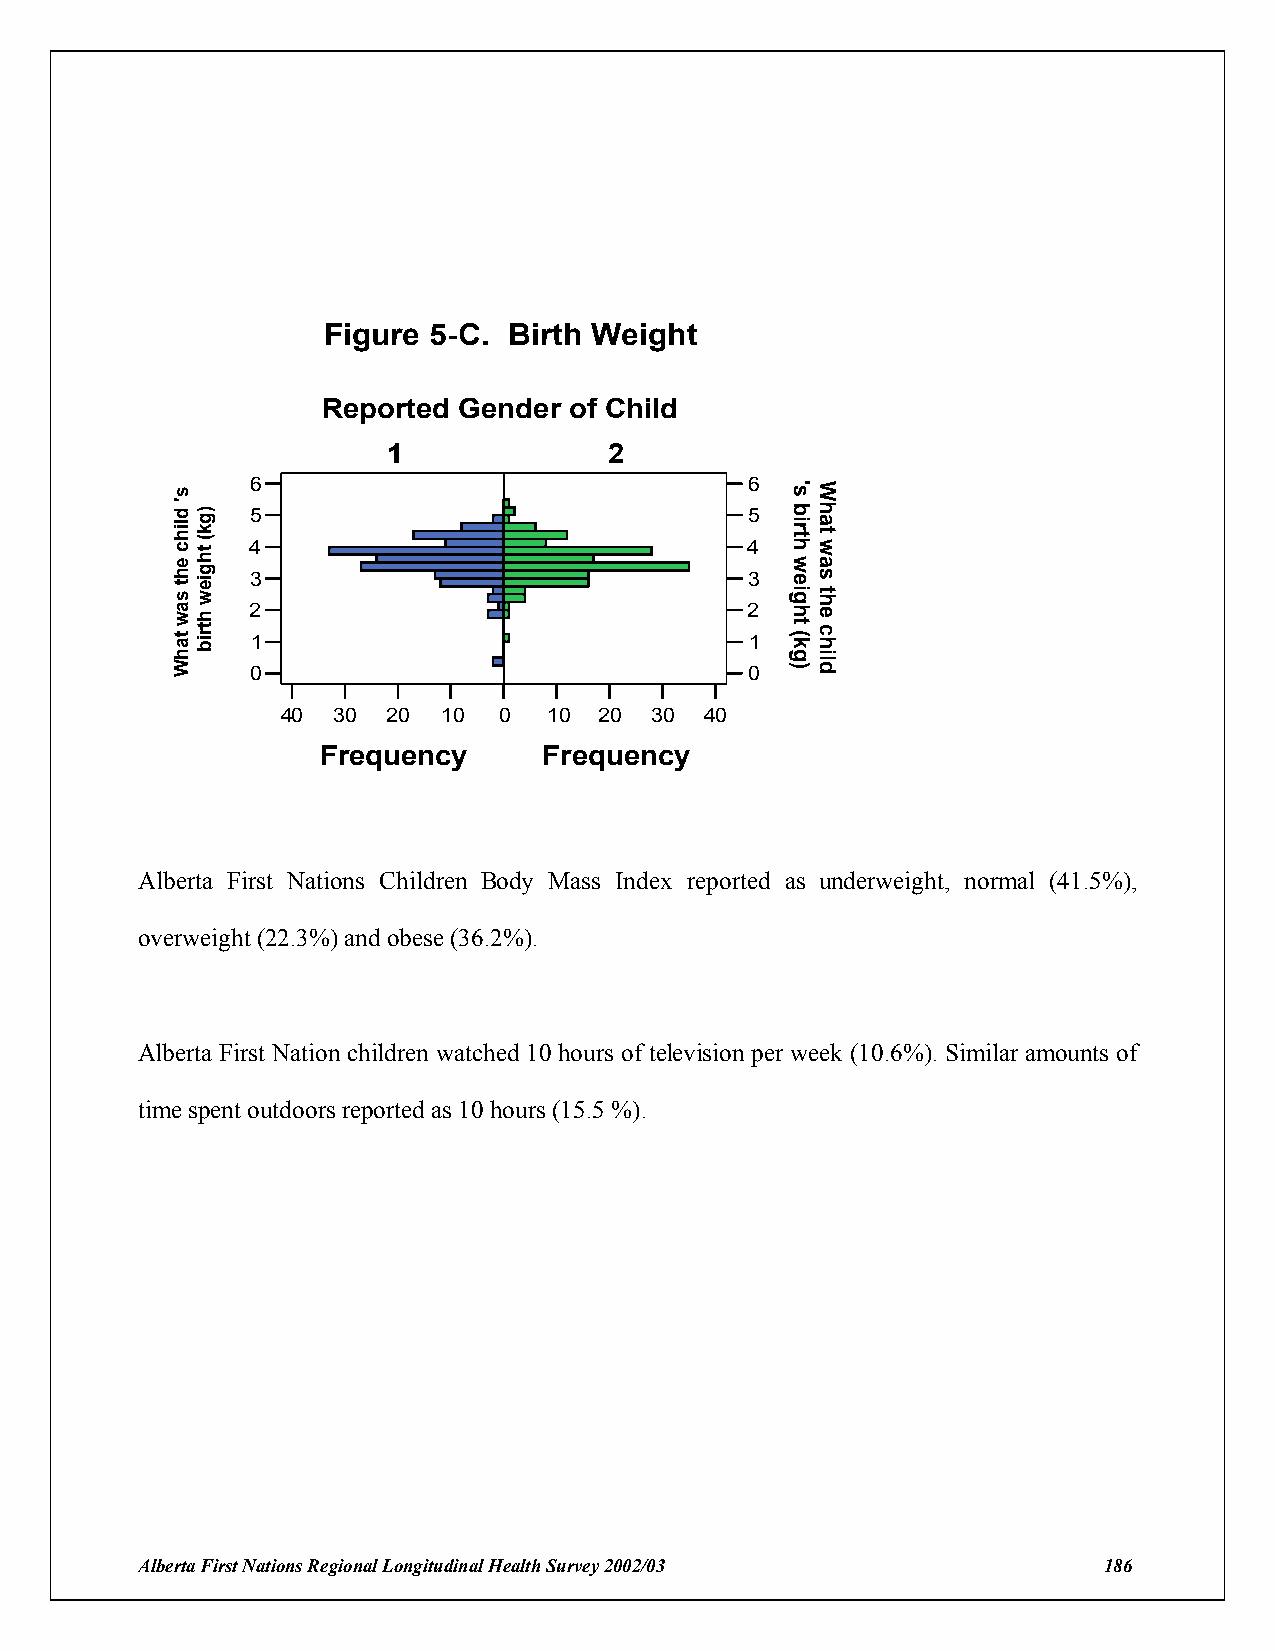
Figure 5-C.  Birth Weight
 Reported Gender  of Child
 1             2
 6                               6
 5                                5
 4                                4
 3                                3
 2                               2
 1                                1
 0                                0
 40 30  20 10  00 10  20 30  40
 Frequency      Frequency
 Alberta First Nations Children Body Mass Index reported as underweight, normal (41.5%),
 overweight (22.3%) and obese (36.2%).
 Alberta First Nation children watched 10 hours of television per week (10.6%). Similar amounts of
 time spent outdoors reported as 10 hours (15.5 %).
 Alberta First Nations Regional Longitudinal Health Survey 2002/03 186
 s'
 dlihc
 eht
 saw
 tahW
 )gk(
 thgiew
 htrib
 's
 birth
 weight
 (kg)
 What
 was
 the
 child